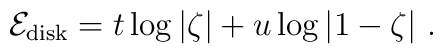
{\cal E}_{\rm disk} =  t \log \vert\zeta\vert  + u \log\vert  1-\zeta\vert\ .